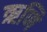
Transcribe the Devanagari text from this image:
ऋणि